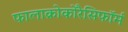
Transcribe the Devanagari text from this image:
फालाक्रोकोरैसिफॉर्म